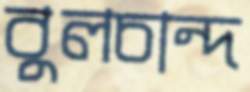
বুলচান্দ